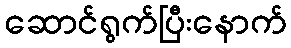
ဆောင်ရွက်ပြီးနောက်